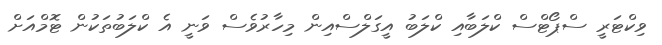
ވިކްޓަރީ ސްޕޯޓްސް ކްލަބާއި ކްލަބު އީގަލްސްއިން މިހާރުވެސް ވަނީ އެ ކްލަބުތަކުން ޓޮމްއަށް